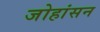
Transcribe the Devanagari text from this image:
जोहांसन